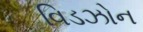
વિડઝોન